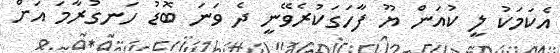
އެކަމަކު ލީ ކުއަން ޔޫ ފާހަގަކުރެވޭނީ ދެ ވަނަ ބޮޑު ހަނގުރާމަ އަށް